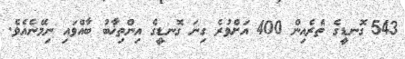
543 ގޮނޑީގެ ތެރެއިން 400 އަށްވުރެ ގިނަ ގޮނޑީގެ އިންތިޚާބު ބާއްވައި ނިމޭނެއެވެ.